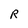
Character: r